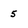
Character: 5